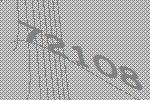
72108